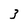
Character: 3